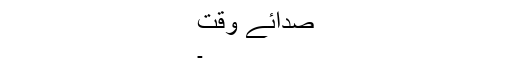
صدائے وقت
۔